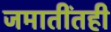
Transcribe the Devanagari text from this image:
जमातींतही